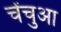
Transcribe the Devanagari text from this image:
चेंचुआ